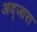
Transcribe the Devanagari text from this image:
अद्जारा